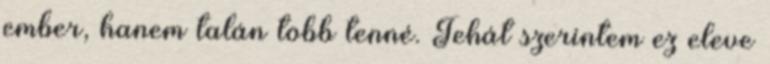
ember, hanem talán több tenné. Tehát szerintem ez eleve